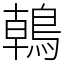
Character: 𪂂